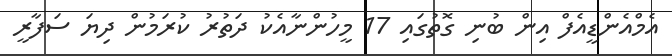
އެމްއެންޑީއެފް އިން ބުނި ގޮތުގައި 17 މީހުންނާއެކު ދަތުރު ކުރަމުން ދިޔަ ސަފާރީ